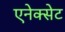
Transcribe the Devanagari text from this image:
एनेक्सेट